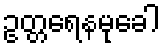
ဥတ္တရေနမုခေါ